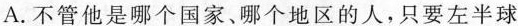
A.不管他是哪个国家、哪个地区的人，只要左半球